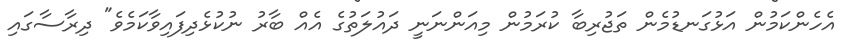
އެހެންކަމުން އަޅުގަނޑުމެން ތަޖުރިިބާ ކުރަމުން މިއަންނަނީ ދައުލަތުގެ އެއް ބާރު ނުކުޅެދިފައިވާކަމެވެ" ދިރާސާގައި